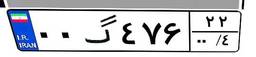
۴۵گ۳۰۵۱۷